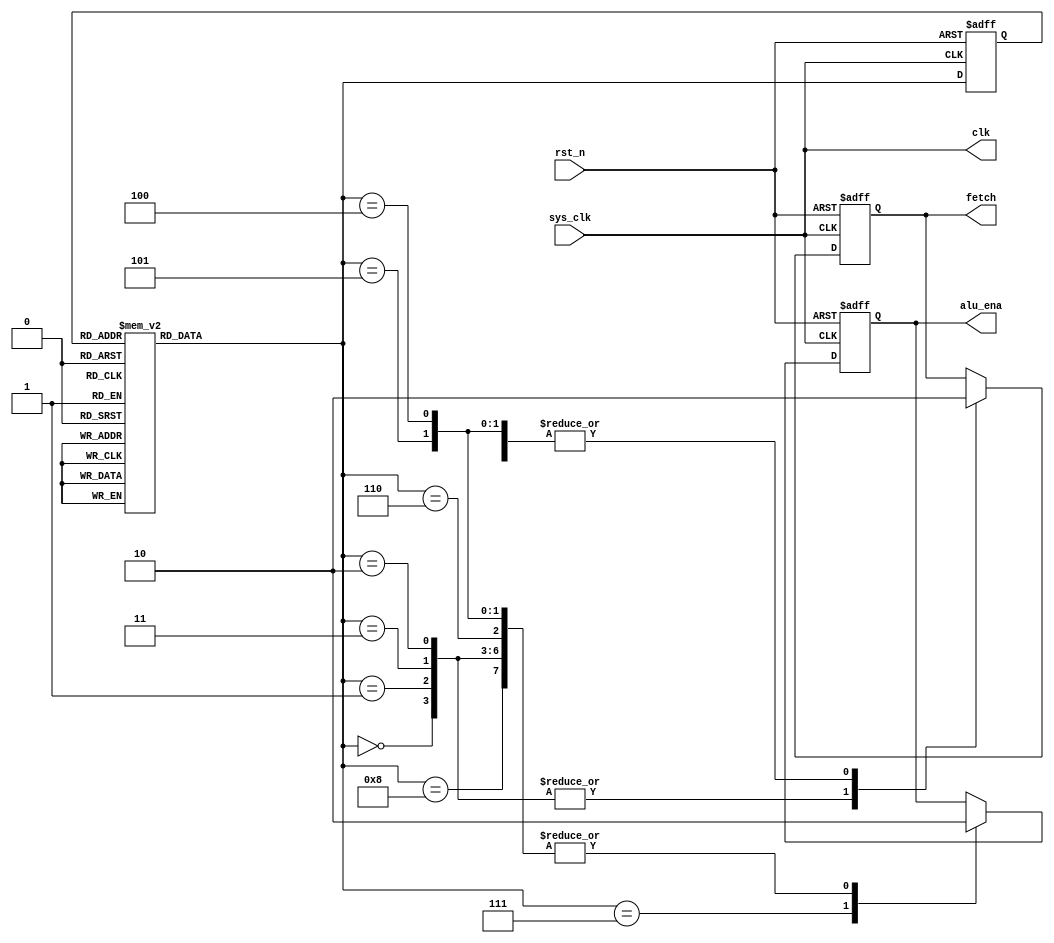
module clk_gen(
    input       sys_clk,
    input       rst_n,
    output wire clk,
    output reg  fetch,
    output reg  alu_ena
);

    reg [3:0] cstate, nstate;

    localparam IDLE = 4'b1000;
    localparam S1   = 4'b0000;
    localparam S2   = 4'b0001;
    localparam S3   = 4'b0011;
    localparam S4   = 4'b0010;
    localparam S5   = 4'b0110;
    localparam S6   = 4'b0111;
    localparam S7   = 4'b0101;
    localparam S8   = 4'b0100;

    assign clk = sys_clk;

    always @(posedge sys_clk or negedge rst_n) begin
        if (!rst_n)
            cstate <= IDLE;
        else
            cstate <= nstate;
    end

    always @(*) begin
        case (cstate)
            IDLE:   nstate = S1;
            S1:     nstate = S2;
            S2:     nstate = S3;
            S3:     nstate = S4;
            S4:     nstate = S5;
            S5:     nstate = S6;
            S6:     nstate = S7;
            S7:     nstate = S8;
            S8:     nstate = S1;
            default:nstate = IDLE;
        endcase
    end

    always @(posedge sys_clk or negedge rst_n) begin
        if (!rst_n) begin
            fetch <= 1'b0;
            alu_ena <= 1'b0;
        end
        else begin
            case (nstate)
                IDLE:   begin fetch <= 1'b0; alu_ena <= 1'b0; end
                S1:     begin fetch <= 1'b1; alu_ena <= 1'b0; end
                S2:     begin fetch <= 1'b1; alu_ena <= 1'b0; end
                S3:     begin fetch <= 1'b1; alu_ena <= 1'b0; end
                S4:     begin fetch <= 1'b1; alu_ena <= 1'b0; end
                S5:     begin fetch <= 1'b0; alu_ena <= 1'b0; end
                S6:     begin fetch <= 1'b0; alu_ena <= 1'b1; end
                S7:     begin fetch <= 1'b0; alu_ena <= 1'b0; end
                S8:     begin fetch <= 1'b0; alu_ena <= 1'b0; end
                default: ;
            endcase
        end
    end

endmodule